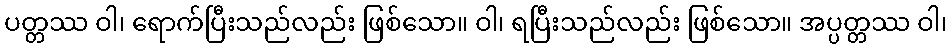
ပတ္တဿ ဝါ၊ ရောက်ပြီးသည်လည်း ဖြစ်သော။ ဝါ၊ ရပြီးသည်လည်း ဖြစ်သော။ အပ္ပတ္တဿ ဝါ၊